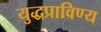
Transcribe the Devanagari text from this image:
युद्धप्राविण्य